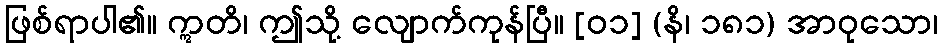
ဖြစ်ရာပါ၏။ ဣတိ၊ ဤသို့ လျောက်ကုန်ပြီ။ [၀၁] (နိ၊ ၁၈၁) အာဝုသော၊